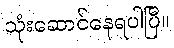
သုံးဆောင်နေရပါပြီ။